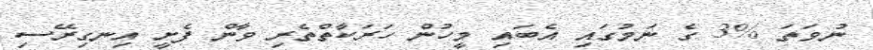
ނުވަތަ %3 ގެ ނަމުގައި އެބައި މީހުން ހަރަކާތްތެރި ވާން ފެށީ އިނގިރޭސި